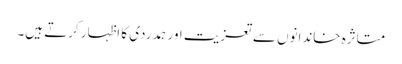
متاثرہ خاندانوں سےتعزیت اور ہمدردی کا اظہار کرتے ہیں۔